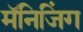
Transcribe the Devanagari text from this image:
मॅनिजिंग